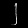
Digit: ၂